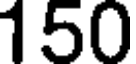
150